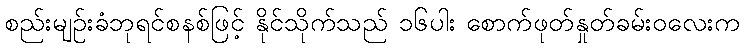
စည်းမျဉ်းခံဘုရင်စနစ်ဖြင့် နိုင်သိုက်သည် ၁၆ပါး စောက်ဖုတ်နှုတ်ခမ်းဝလေးက